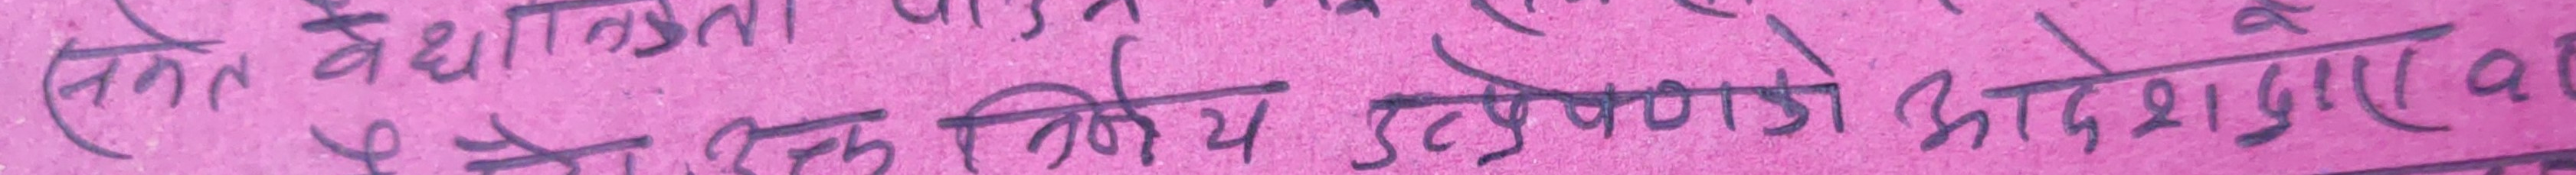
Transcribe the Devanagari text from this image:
त्येका लागि उत्प्रेरक आवश्यक पर्छ ।